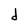
Character: d